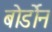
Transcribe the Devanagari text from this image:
बोर्डोन